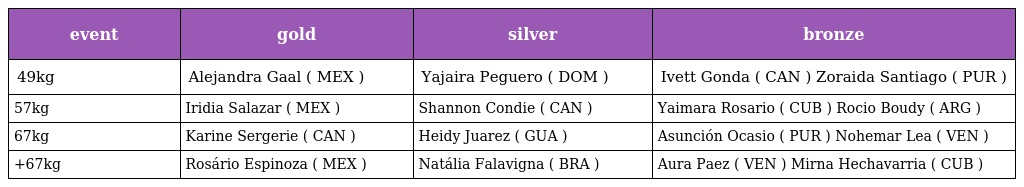
| event | gold | silver | bronze |
 | --- | --- | --- | --- |
 | 49kg | Alejandra Gaal ( MEX ) | Yajaira Peguero ( DOM ) | Ivett Gonda ( CAN ) Zoraida Santiago ( PUR ) |
 | 57kg | Iridia Salazar ( MEX ) | Shannon Condie ( CAN ) | Yaimara Rosario ( CUB ) Rocio Boudy ( ARG ) |
 | 67kg | Karine Sergerie ( CAN ) | Heidy Juarez ( GUA ) | Asunción Ocasio ( PUR ) Nohemar Lea ( VEN ) |
 | +67kg | Rosário Espinoza ( MEX ) | Natália Falavigna ( BRA ) | Aura Paez ( VEN ) Mirna Hechavarria ( CUB ) |